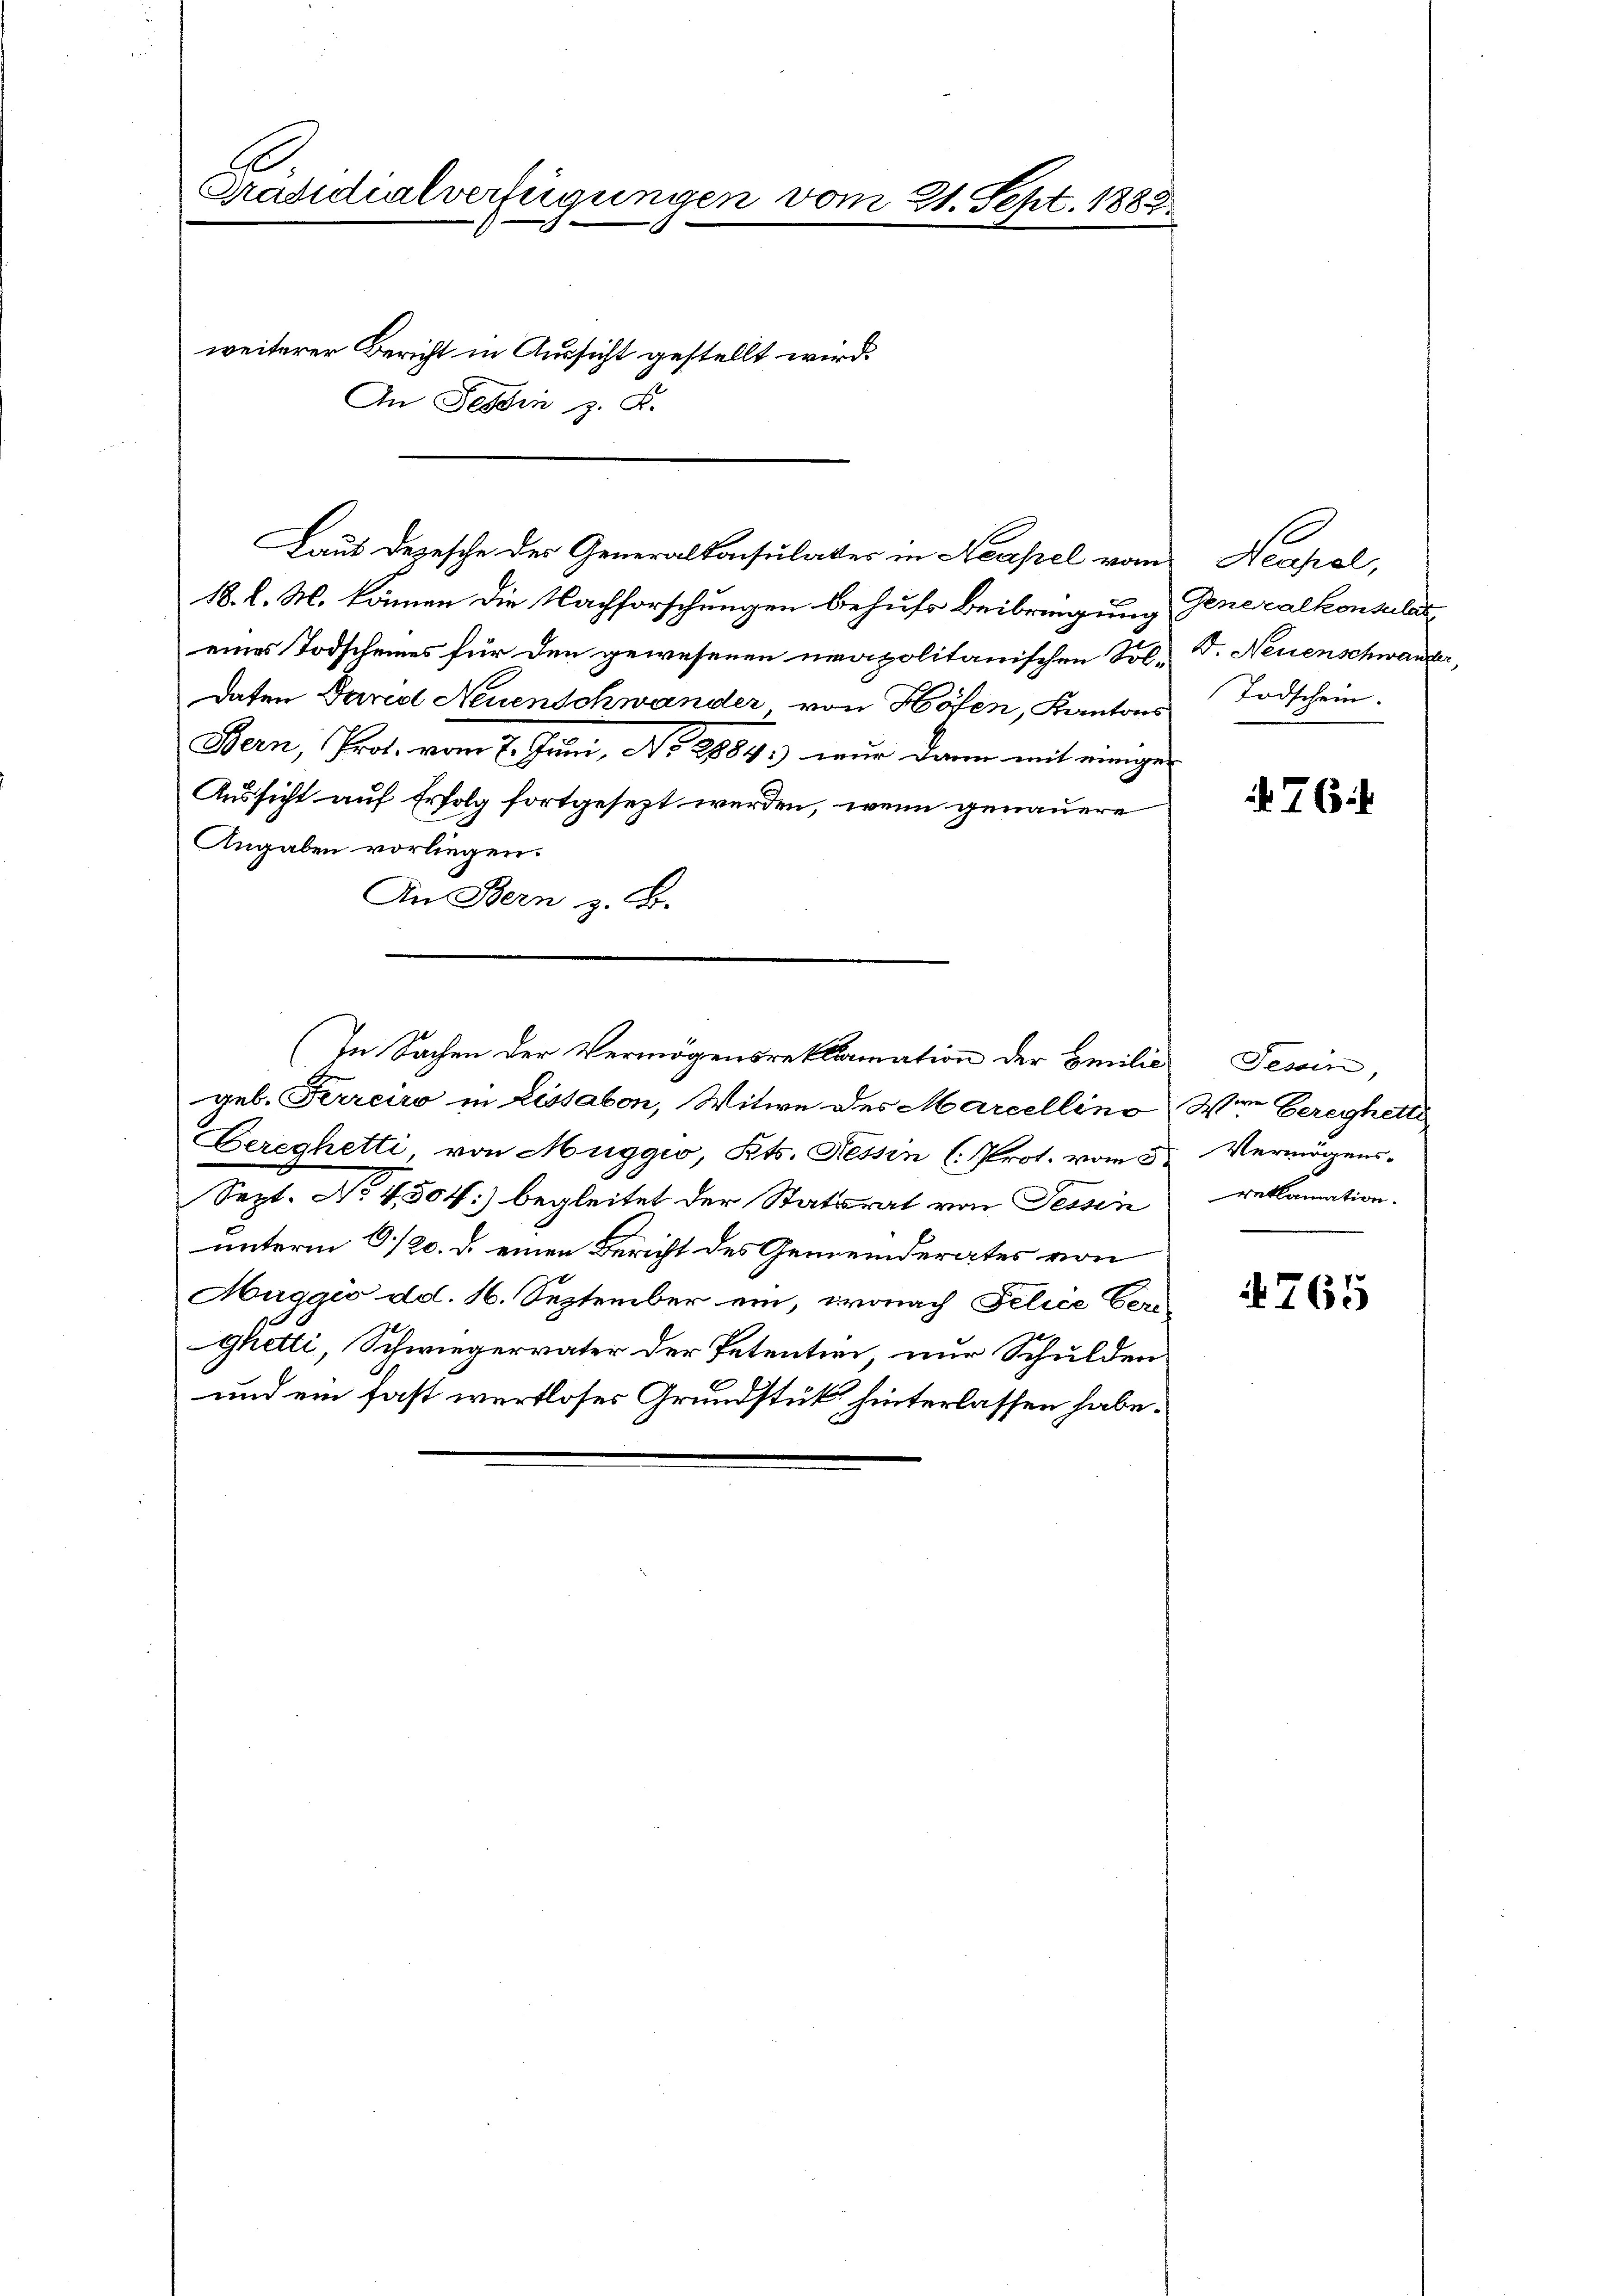
Präsidialverfügungen vom 21. Sept. 1888

weiterer Bericht in Aussicht gestellt wird.
An Tessin z. B.

Laut Depesche der Generalkonsulates in Neapel vom
18. l. M. können die Nachforschungen behufs Beibringung Generalkonsulat
eines Todscheines für den gewesenen neapolitanischen Tol. D. Neuenschwander,
daten David Neuenschwander von Höfen, Kantons
Bern, Prof. vom 6. Juni, No 8884) nur darin mit einiger
Aussicht auf Erfolg fortgesezt werden, wenn genauere
Angaben vorliegen.
An Bern z. B.
In Sachen der Vermögensreklamation der Emilie Tessin,
geb. Ferreiro in Lissabon, Witwe des Marcellino Wien Gerechetti
Bereghetti, von Muggio, Kts. Tessin (Prot. vom 3. Vermögens-
Sept. No 4.504) begleitet der Statsrat von Tessin
unterm 6./20. d. einen Bericht des Gemeinderates von
Maggio dd. 16. September ein, wonach Felice Ceri¬
Ghetti, Schwiegervater der Petentien, nur Schulden
und ein fast wertloses Grundstück hinterlassen habe.

Neahel,
Todschein.

76

reklamation.

4765